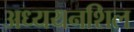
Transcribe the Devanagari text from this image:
अध्ययनशिल